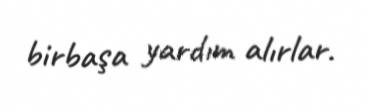
birbaşa yardım alırlar.